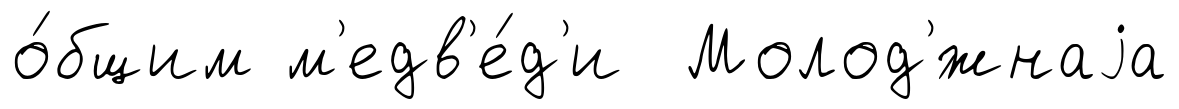
о́бщим м'едв'е́д'и Молод'́жнаjа